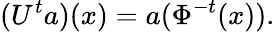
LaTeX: (U^{t}a)(x)=a(\Phi^{-t}(x)).